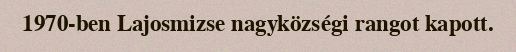
1970-ben Lajosmizse nagyközségi rangot kapott.